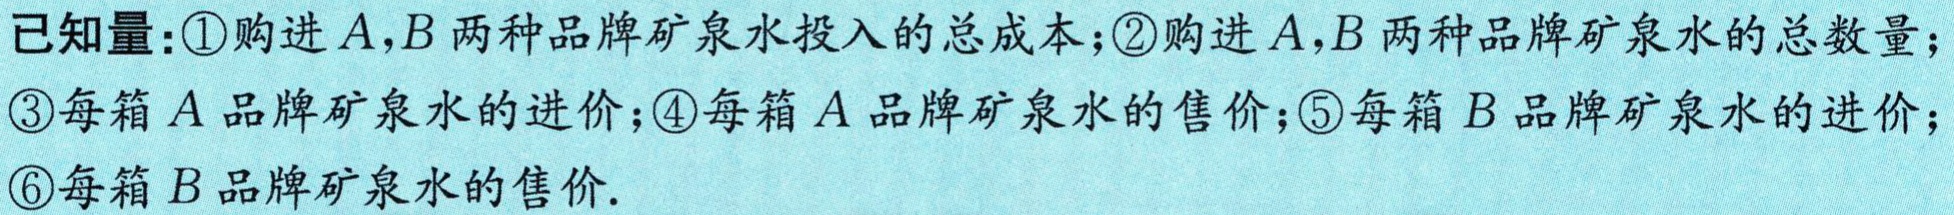
已知量：\textcircled{1}购进\(A,B\)两种品牌矿泉水投入的总成本；\textcircled{2}购进\(A,B\)两种品牌矿泉水的总数量；\textcircled{3}每箱\(A\)品牌矿泉水的进价；\textcircled{4}每箱\(A\)品牌矿泉水的售价；\textcircled{5}每箱\(B\)品牌矿泉水的进价；\textcircled{6}每箱\(B\)品牌矿泉水的售价.